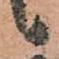
候